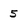
Character: 5